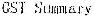
GST SUMMARY